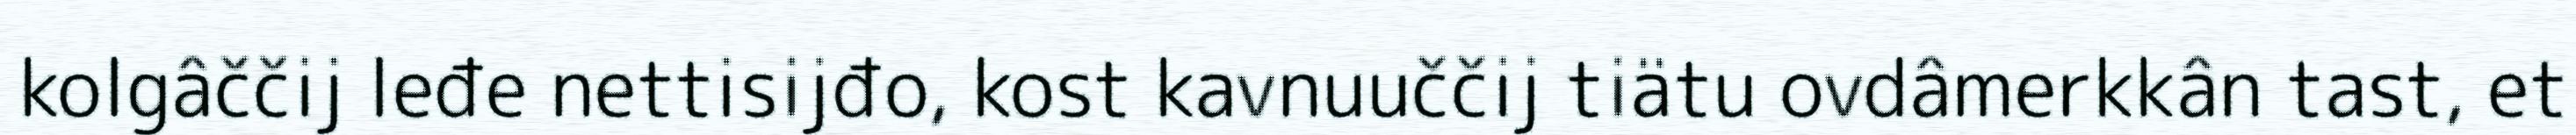
kolgâččij leđe nettisijđo, kost kavnuuččij tiätu ovdâmerkkân tast, et